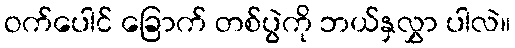
ဝက်ပေါင် ခြောက် တစ်ပွဲကို ဘယ်နှလွှာ ပါလဲ။